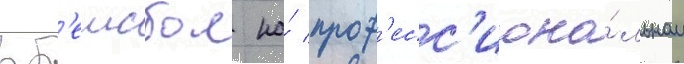
в б'еисбол на́ проф'есс'иона́льном